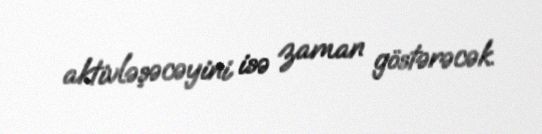
aktivləşəcəyini isə zaman göstərəcək.